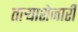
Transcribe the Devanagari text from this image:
ताऱ्याशेजारी